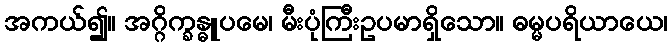
အကယ်၍။ အဂ္ဂိက္ခန္ဓူပမေ၊ မီးပုံကြီးဥပမာရှိသော။ ဓမ္မပရိယာယေ၊